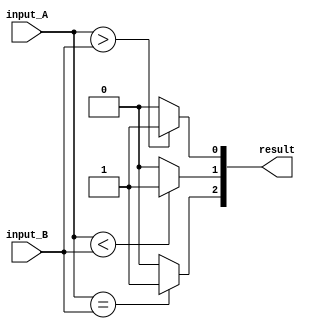
module unsigned_comparator(
  input [7:0] input_A,
  input [7:0] input_B,
  output [2:0] result
);

  assign result[0] = (input_A > input_B) ? 1'b1 : 1'b0;   // Greater than
  assign result[1] = (input_A < input_B) ? 1'b1 : 1'b0;   // Less than
  assign result[2] = (input_A == input_B) ? 1'b1 : 1'b0;  // Equal to

endmodule